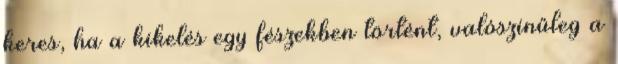
keres, ha a kikelés egy fészekben történt, valószínűleg a